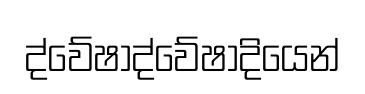
ද්වේෂාද්වේෂාදියෙන්